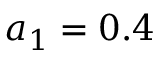
a _ { 1 } = 0 . 4